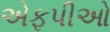
એફપીઓ